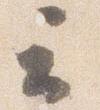
云